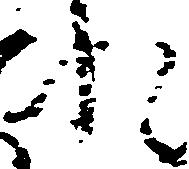
れ